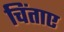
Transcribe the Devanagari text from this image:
चिंताए